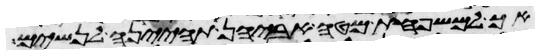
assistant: אך למשפחת מטה אביהן תהינה לנשים